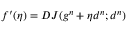
f ^ { \prime } ( \eta ) = D J ( g ^ { n } + \eta d ^ { n } ; d ^ { n } )